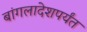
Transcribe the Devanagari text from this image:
बांगलादेशपर्यंत